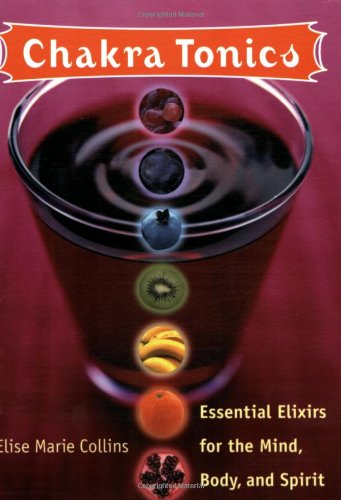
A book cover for Chakra Tonics: Essential Elixirs For The Mind, Body, And Spirit; Elise Marie Collins; Health, Fitness & Dieting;